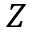
Z